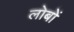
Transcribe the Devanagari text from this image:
लोबों